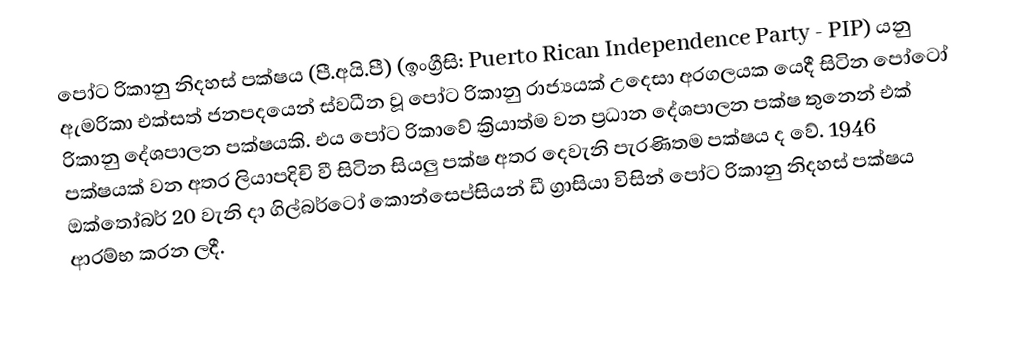
පෝට රිකානු නිදහස් පක්ෂය (පී.අයි.පී) (ඉංග්‍රීසි: Puerto Rican Independence Party - PIP) යනු ඇමරිකා එක්සත් ජනපදයෙන් ස්වධීන වූ ‍පෝට රිකානු රාජ්‍යයක් උදෙසා අරගලයක යෙදී සිටින පෝටෝ රිකානු දේශපාලන පක්ෂයකි. එය පෝට රිකාවේ ක්‍රියාත්ම වන ප්‍රධාන දේශපාලන පක්ෂ තුනෙන් එක් පක්ෂයක් වන අතර ලියාපදිචි වී සිටින සියලු පක්ෂ අතර දෙවැනි පැරණිතම පක්ෂය ද වේ. 1946 ඔක්තෝබර් 20 වැනි දා ගිල්බර්ටෝ කොන්සෙප්සියන් ඩී ග්‍රාසියා විසින් පෝට රිකානු නිදහස් පක්ෂය ආරම්භ කරන ලදී.